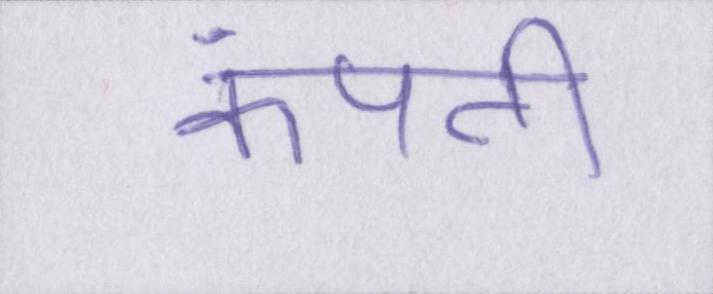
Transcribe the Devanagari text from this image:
कंपती